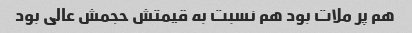
هم پر ملات بود هم نسبت به قیمتش حجمش عالی بود